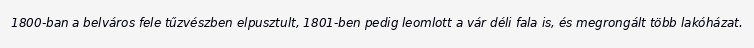
1800-ban a belváros fele tűzvészben elpusztult, 1801-ben pedig leomlott a vár déli fala is, és megrongált több lakóházat.